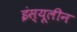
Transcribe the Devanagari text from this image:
इंस्यूलीन